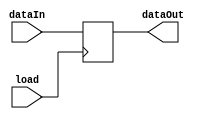
module instructionReg (
    input [0:25] dataIn,
    input load,
    output [0:25] dataOut
);
    reg [0:25] register;
    assign dataOut = register;

    always @(posedge load)
        register <=dataIn;
endmodule

// Testbench
// module instructionReg_tb;
//     reg [0:25] dataIn;
//     reg load;
//     wire [0:25] dataOut;

//     instructionReg instructionReg1 (
//         .dataIn(dataIn),
//         .load(load),
//         .dataOut(dataOut)
//     );

//     initial begin
//         $monitor("dataIn = %b load = %b dataOut = %b", dataIn, load, dataOut);

//         dataIn = 4;
//         load = 0;
//         #5
//         load = 1;
//     end
// endmodule